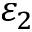
\varepsilon _ { 2 }